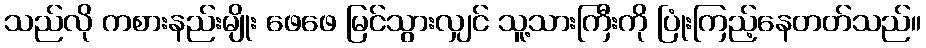
သည်လို ကစားနည်းမျိုး ဖေဖေ မြင်သွားလျှင် သူ့သားကြီးကို ပြုံးကြည့်နေတတ်သည်။